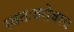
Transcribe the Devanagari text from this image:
स्वतःबरोबरच